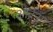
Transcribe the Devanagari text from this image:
ओर्दनुंग